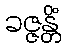
ခဇ္ဇန္တိံ